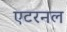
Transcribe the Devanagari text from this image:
एटरनल